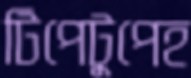
টিপেটুপেহ